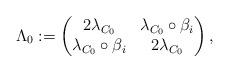
LaTeX: \begin{align*}\Lambda_0:=\begin{pmatrix} 2 \lambda_{C_0} & \lambda_{C_0} \circ \beta_i \\ \lambda_{C_0} \circ \beta_i & 2 \lambda_{C_0} \end{pmatrix},\end{align*}